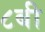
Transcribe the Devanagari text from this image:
८बी